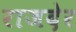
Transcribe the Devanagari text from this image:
राजदेर